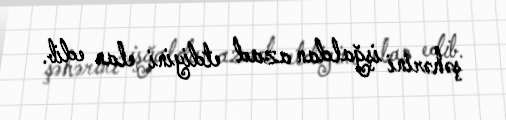
şəhərini işğaldan azad etdiyini elan edib.